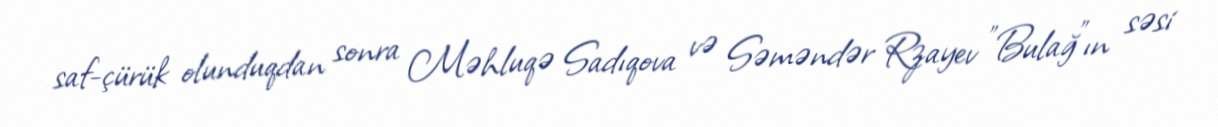
saf-çürük olunduqdan sonra Məhluqə Sadıqova və Səməndər Rzayev "Bulağ"ın səsi